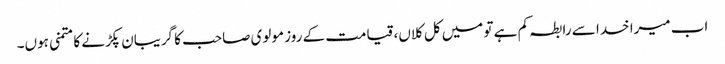
اب میرا خدا سے رابطہ کم ہے تو میں کل کلاں، قیامت کے روز مولوی صاحب کا گریبان پکڑنے کا متمنی ہوں۔